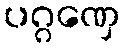
ပဂ္ဂဏှေ